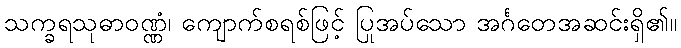
သက္ခရသုဓာဝဏ္ဏံ၊ ကျောက်စရစ်ဖြင့် ပြုအပ်သော အင်္ဂတေအဆင်းရှိ၏။